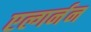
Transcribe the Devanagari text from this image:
एल्गर्नन